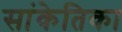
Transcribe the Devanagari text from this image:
सांकेतिका